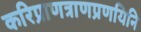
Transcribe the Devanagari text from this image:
करिप्राणत्राणप्रणयिनि